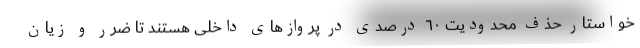
خواستار حذف محدودیت ٦٠ درصدی در پروازهای داخلی هستند تا ضرر و زیان